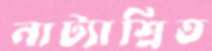
নাট্যাশ্রিত